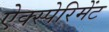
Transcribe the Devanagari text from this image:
ऐक्स्पेरिमेंट